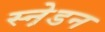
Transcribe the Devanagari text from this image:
स्ने़डन